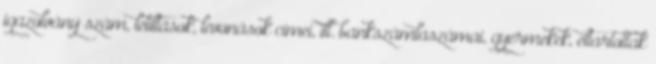
igazolvány szám, letiltások, levonások címei, ill. bankszámlaszámai, gyermekek, eltartottak